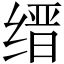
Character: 缙